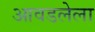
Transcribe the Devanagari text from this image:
आवडलेला